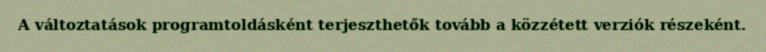
A változtatások programtoldásként terjeszthetők tovább a közzétett verziók részeként.